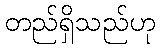
တည်ရှိသည်ဟု